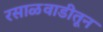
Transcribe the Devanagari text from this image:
रसाळवाडीतून